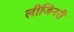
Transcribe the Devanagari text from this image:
लीजिनरी